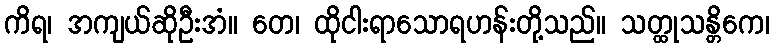
ကိရ၊ အကျယ်ဆိုဦးအံ။ တေ၊ ထိုငါးရာသောရဟန်းတို့သည်။ သတ္ထုသန္တိကေ၊